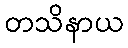
တသိနာယ